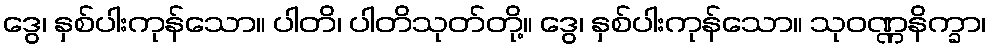
ဒွေ၊ နှစ်ပါးကုန်သော။ ပါတိ၊ ပါတိသုတ်တို့။ ဒွေ၊ နှစ်ပါးကုန်သော။ သုဝဏ္ဏနိက္ခာ၊